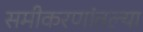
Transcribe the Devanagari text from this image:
समीकरणांतल्या